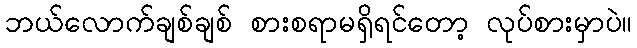
ဘယ်လောက်ချစ်ချစ် စားစရာမရှိရင်တော့ လုပ်စားမှာပဲ။